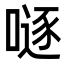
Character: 𠽖